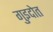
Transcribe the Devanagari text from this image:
गुइदोत